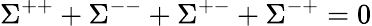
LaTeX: \Sigma^{++}+\Sigma^{--}+\Sigma^{+-}+\Sigma^{-+}=0